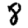
Digit: 8